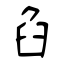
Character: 臽